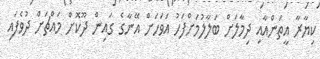
ކިޔާރާ އީތަންއާއިި ދިމާލަށް ބަލާލުމަށްފަހު އަވަހަށް އޭނާގެ ގައިން ދޫކޮށް މައްޗަށް ދުވެފައި